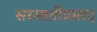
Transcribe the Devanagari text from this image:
सरस्वतीप्रसाद